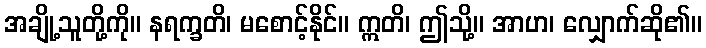
အချို့သူတို့ကို။ နရက္ခတိ၊ မစောင့်နိုင်။ ဣတိ၊ ဤသို့။ အာဟ၊ လျှောက်ဆို၏။